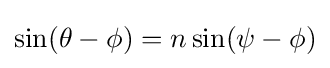
\sin(\theta -\phi )=n\sin(\psi -\phi )